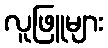
လူဖြူများ